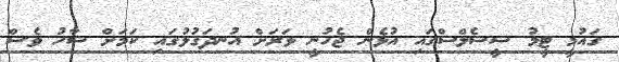
ގައުމީ ޓީމު ޝީޝެލްސްގައި އުޅެން ޖެހުނީ ވަރަށް އުނދަގުލުގައި ކަމަށް ޝާހު ވެސް